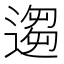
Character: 𫐻